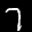
Label: 7